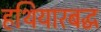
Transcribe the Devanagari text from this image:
हथियारबद्ध